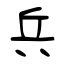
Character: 兵